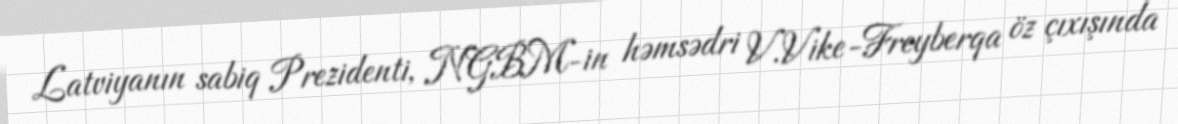
Latviyanın sabiq Prezidenti, NGBM-in həmsədri V.Vike-Freyberqa öz çıxışında